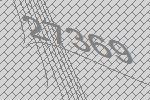
27369